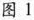
图1